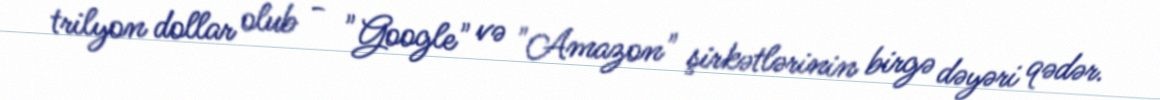
trilyon dollar olub - "Google" və "Amazon" şirkətlərinin birgə dəyəri qədər.